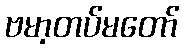
ဗမာ့တပ်မတော်